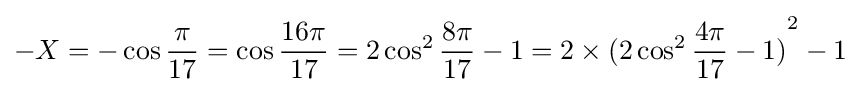
-X=-\cos {\frac {\pi }{17}}=\cos {\frac {16\pi }{17}}=2\cos ^{2}{\frac {8\pi }{17}}-1=2\times {(2\cos ^{2}{\frac {4\pi }{17}}-1)}^{2}-1